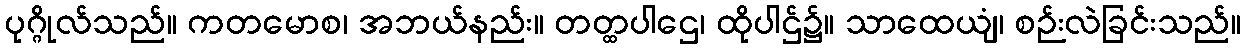
ပုဂ္ဂိုလ်သည်။ ကတမောစ၊ အဘယ်နည်း။ တတ္ထပါဌေ၊ ထိုပါဌ်၌။ သာထေယျံ၊ စဉ်းလဲခြင်းသည်။